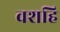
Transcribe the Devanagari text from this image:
वशहि